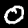
Digit: 0